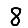
Digit: 8